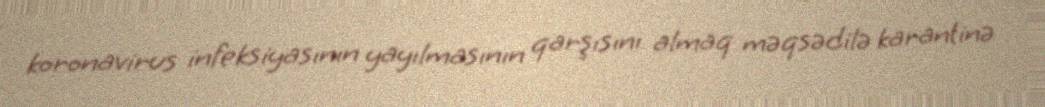
koronavirus infeksiyasının yayılmasının qarşısını almaq məqsədilə karantinə